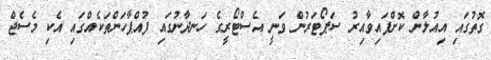
ގޮތުގައި އިއުލާން ކޮށްފައިވާއިރު ސަޕޯޓަރުން ވަނީ އެސްޓޯރީގެ ހަނދާނުގައި ފުއްޕާހަންތަކެއްގައި އެކި މެސެޖް